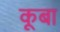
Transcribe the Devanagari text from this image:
कूबा